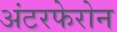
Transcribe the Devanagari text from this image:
अंटरफेरोन